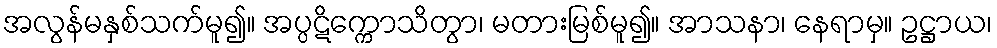
အလွန်မနှစ်သက်မူ၍။ အပ္ပဋိက္ကောသိတွာ၊ မတားမြစ်မူ၍။ အာသနာ၊ နေရာမှ။ ဥဋ္ဌာယ၊